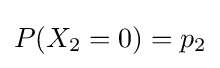
P(X_{2}=0)=p_{2}